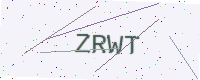
Text: ZRWT